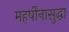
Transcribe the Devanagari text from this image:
महर्षींनासुद्धा